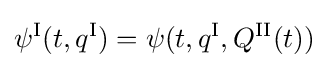
\psi ^{\text{I}}(t,q^{\text{I}})=\psi (t,q^{\text{I}},Q^{\text{II}}(t))